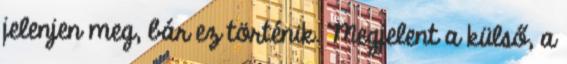
jelenjen meg, bár ez történik. Megjelent a külső, a